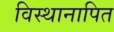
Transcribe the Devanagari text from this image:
विस्थानापित